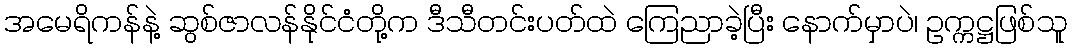
အမေရိကန်နဲ့ ဆွစ်ဇာလန်နိုင်ငံတို့က ဒီသီတင်းပတ်ထဲ ကြေညာခဲ့ပြီး နောက်မှာပဲ၊ ဥက္ကဋ္ဌဖြစ်သူ